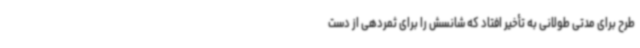
طرح برای مدتی طولانی به تأخیر افتاد که شانسش را برای ثمردهی از دست